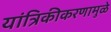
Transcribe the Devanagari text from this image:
यांत्रिकीकरणामुळे